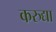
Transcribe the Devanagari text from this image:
करुद्या